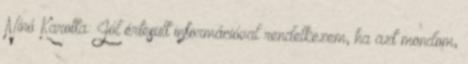
Nínó Karotta: Jól értesült információval rendelkezem, ha azt mondom,